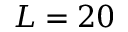
L = 2 0